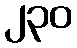
၂၃၀